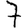
Digit: 7